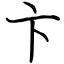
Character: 卞